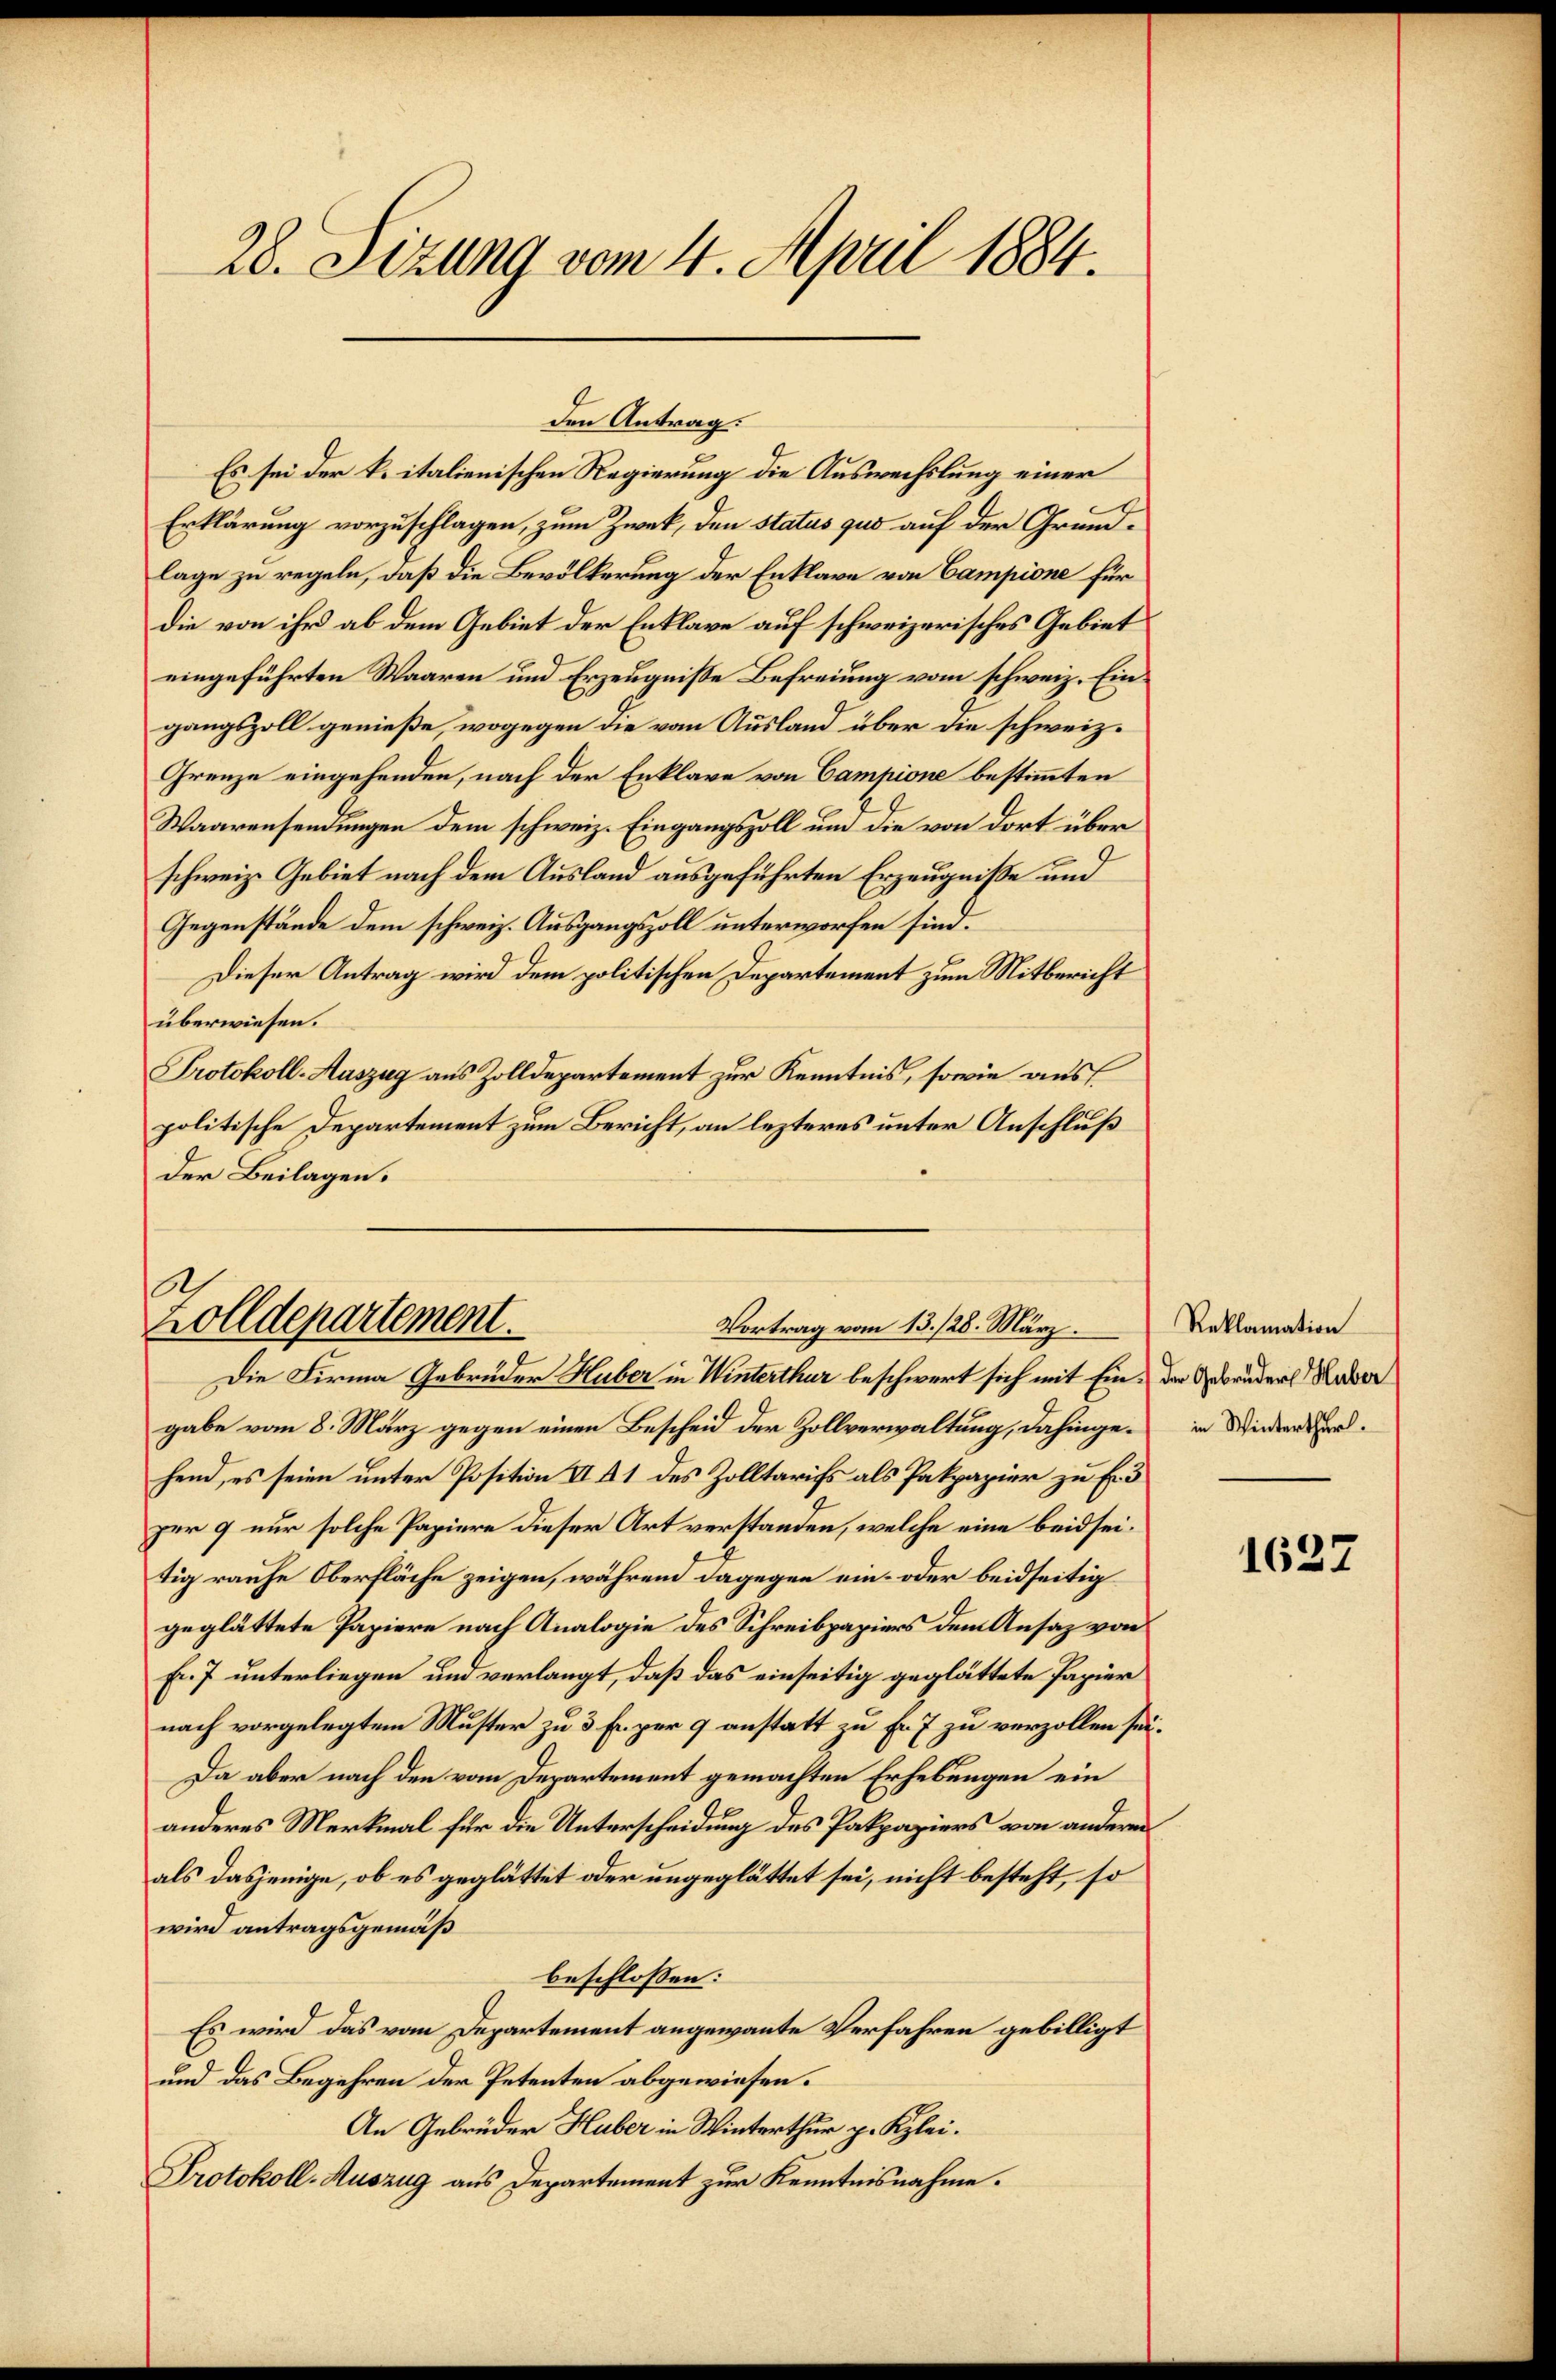
28. Sizung vom 4. April 1884.

Es sei der k. italienischen Regierung die Auswechslung einer
Erklärung vorzuschlagen, zum Zweck, den status qui auf der Grundlage zu regeln, daß die Bevölkerung der Enklare von Campione für
die von ihr ab dem Gebiet der Entlage auf schweizerisches Gebiet
eingeführten Waaren und Erzeugniße Befreiung vom schweiz. Eingangszoll genieße, wogegen die vom Ausland über die schweiz.
Grenze eingehenden, nach der Enklage von Campione bestimmten
Waarensendungen dem schweiz. Eingangszoll um die von dort über
schweiz. Gebiet nach dem Ausland ausgeführten Erzeugniße und
Gegenstände dem schweiz. Ausgangszoll unterworfen sind.
Dieser Antrag wird dem politischen Departement zum Mitbericht
überwiesen.
Protokoll-Auszug aus Zolldepartement zur Kenntnis, sowie aus
politische Departement zum Bericht, an lezteres unter Anschluß
Der Beilagen.

den Antrag.

s
Zolldepartement.
Vortrag vom 13./28. März.
Die Firma Gebrüder Huber in Winterthur beschwert sich mit Ein der Gebrüder Kaser

Reklamation
in Winterthur.

gabe vom 8. März gegen einen Bescheid der Zollverwaltung, dahingehend, es seien unter Position II 41 des Zolltarifs als Pakpapier zu Erd
zer 9 nur solche Papiere dieser Art verstanden, welche eine beidseitig rauhe Oberfläche zeigen, während dagegen ein- oder beidseitig
geglättete Papiere nach Analogie des Schreibpapiers dem Ansaz von
Fr. 7 unterliegen und verlangt, daß das einseitig geglättete Papier
nach vorgelegtem Muster zu 3 Fr. per 9 anstatt zu Fr. 7 zu verzollen sei.
Da aber nach den vom Departement gemachten Erhebungen ein
anderes Merkmal für die Unterscheidung des Pakpaziers von anderen
als dasjenige, ob es geglättet oder ungeglättet sei, nicht besteht, so
wird antragsgemäß
beschlossen:
Es wird das vom Departement angewante Verfahren gebilligt
und das Begehren der Petenten abgewiesen.
An Gebrüder Huber in Winterthur p. Klei¬
Protokoll-Auszug aus Departement zur Kenntnisnahme.

1627